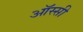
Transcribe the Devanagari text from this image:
ऑस्सी